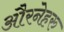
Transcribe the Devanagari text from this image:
औरनेहरु